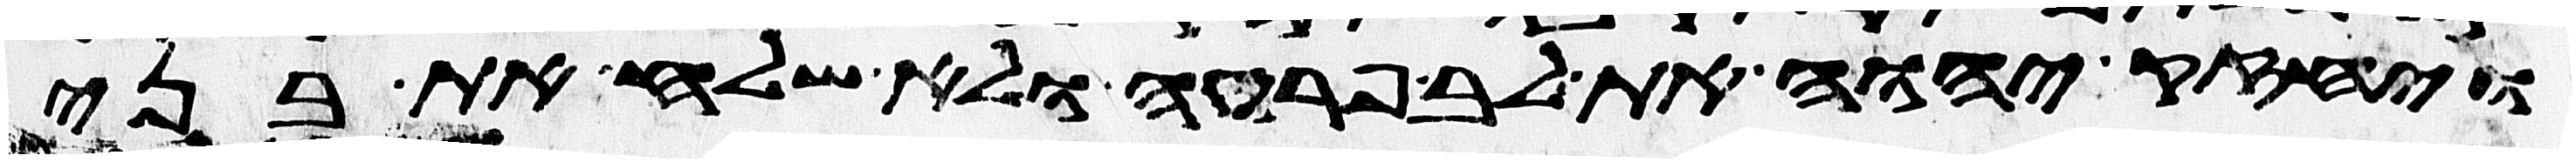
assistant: ויחזק יהוה את לב פרעה ולא שלח את בני